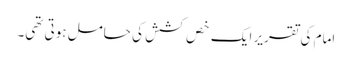
امام کی تقریر ایک خص کشش کی حامل ہوتی تھی۔